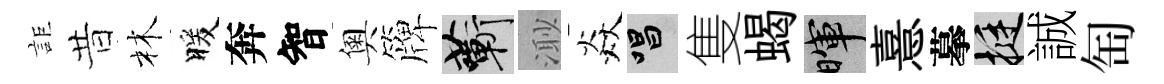
詎昔林暖奔智奧簰蔪𣺌焱唱隻蝎暉憙摹挺誠匋